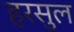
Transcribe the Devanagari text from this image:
हरसुल